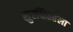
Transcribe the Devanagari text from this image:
सुरक्षिततेला